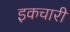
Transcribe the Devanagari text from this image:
इकचारी